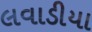
લવાડીયા